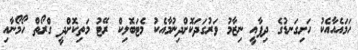
ހަމައެއާއެކު ހަށިގަނޑުގެ ދިފާއީ ނިޒާމު ވަރުގަދަކޮށްދިނުމާއެކު މެޓަބޮލިކް ރޭޓު މަތިކޮށްދީ ގްރޯތް ހޯމޯނާއި